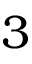
3